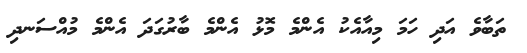
ތަބާވެ އަދި ހަމަ މިއާއެކު އެންމެ މޮޅު އެންމެ ބާރުގަދަ އެންމެ މުއްސަނދި